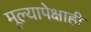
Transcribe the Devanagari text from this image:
मूल्यापेक्षाही